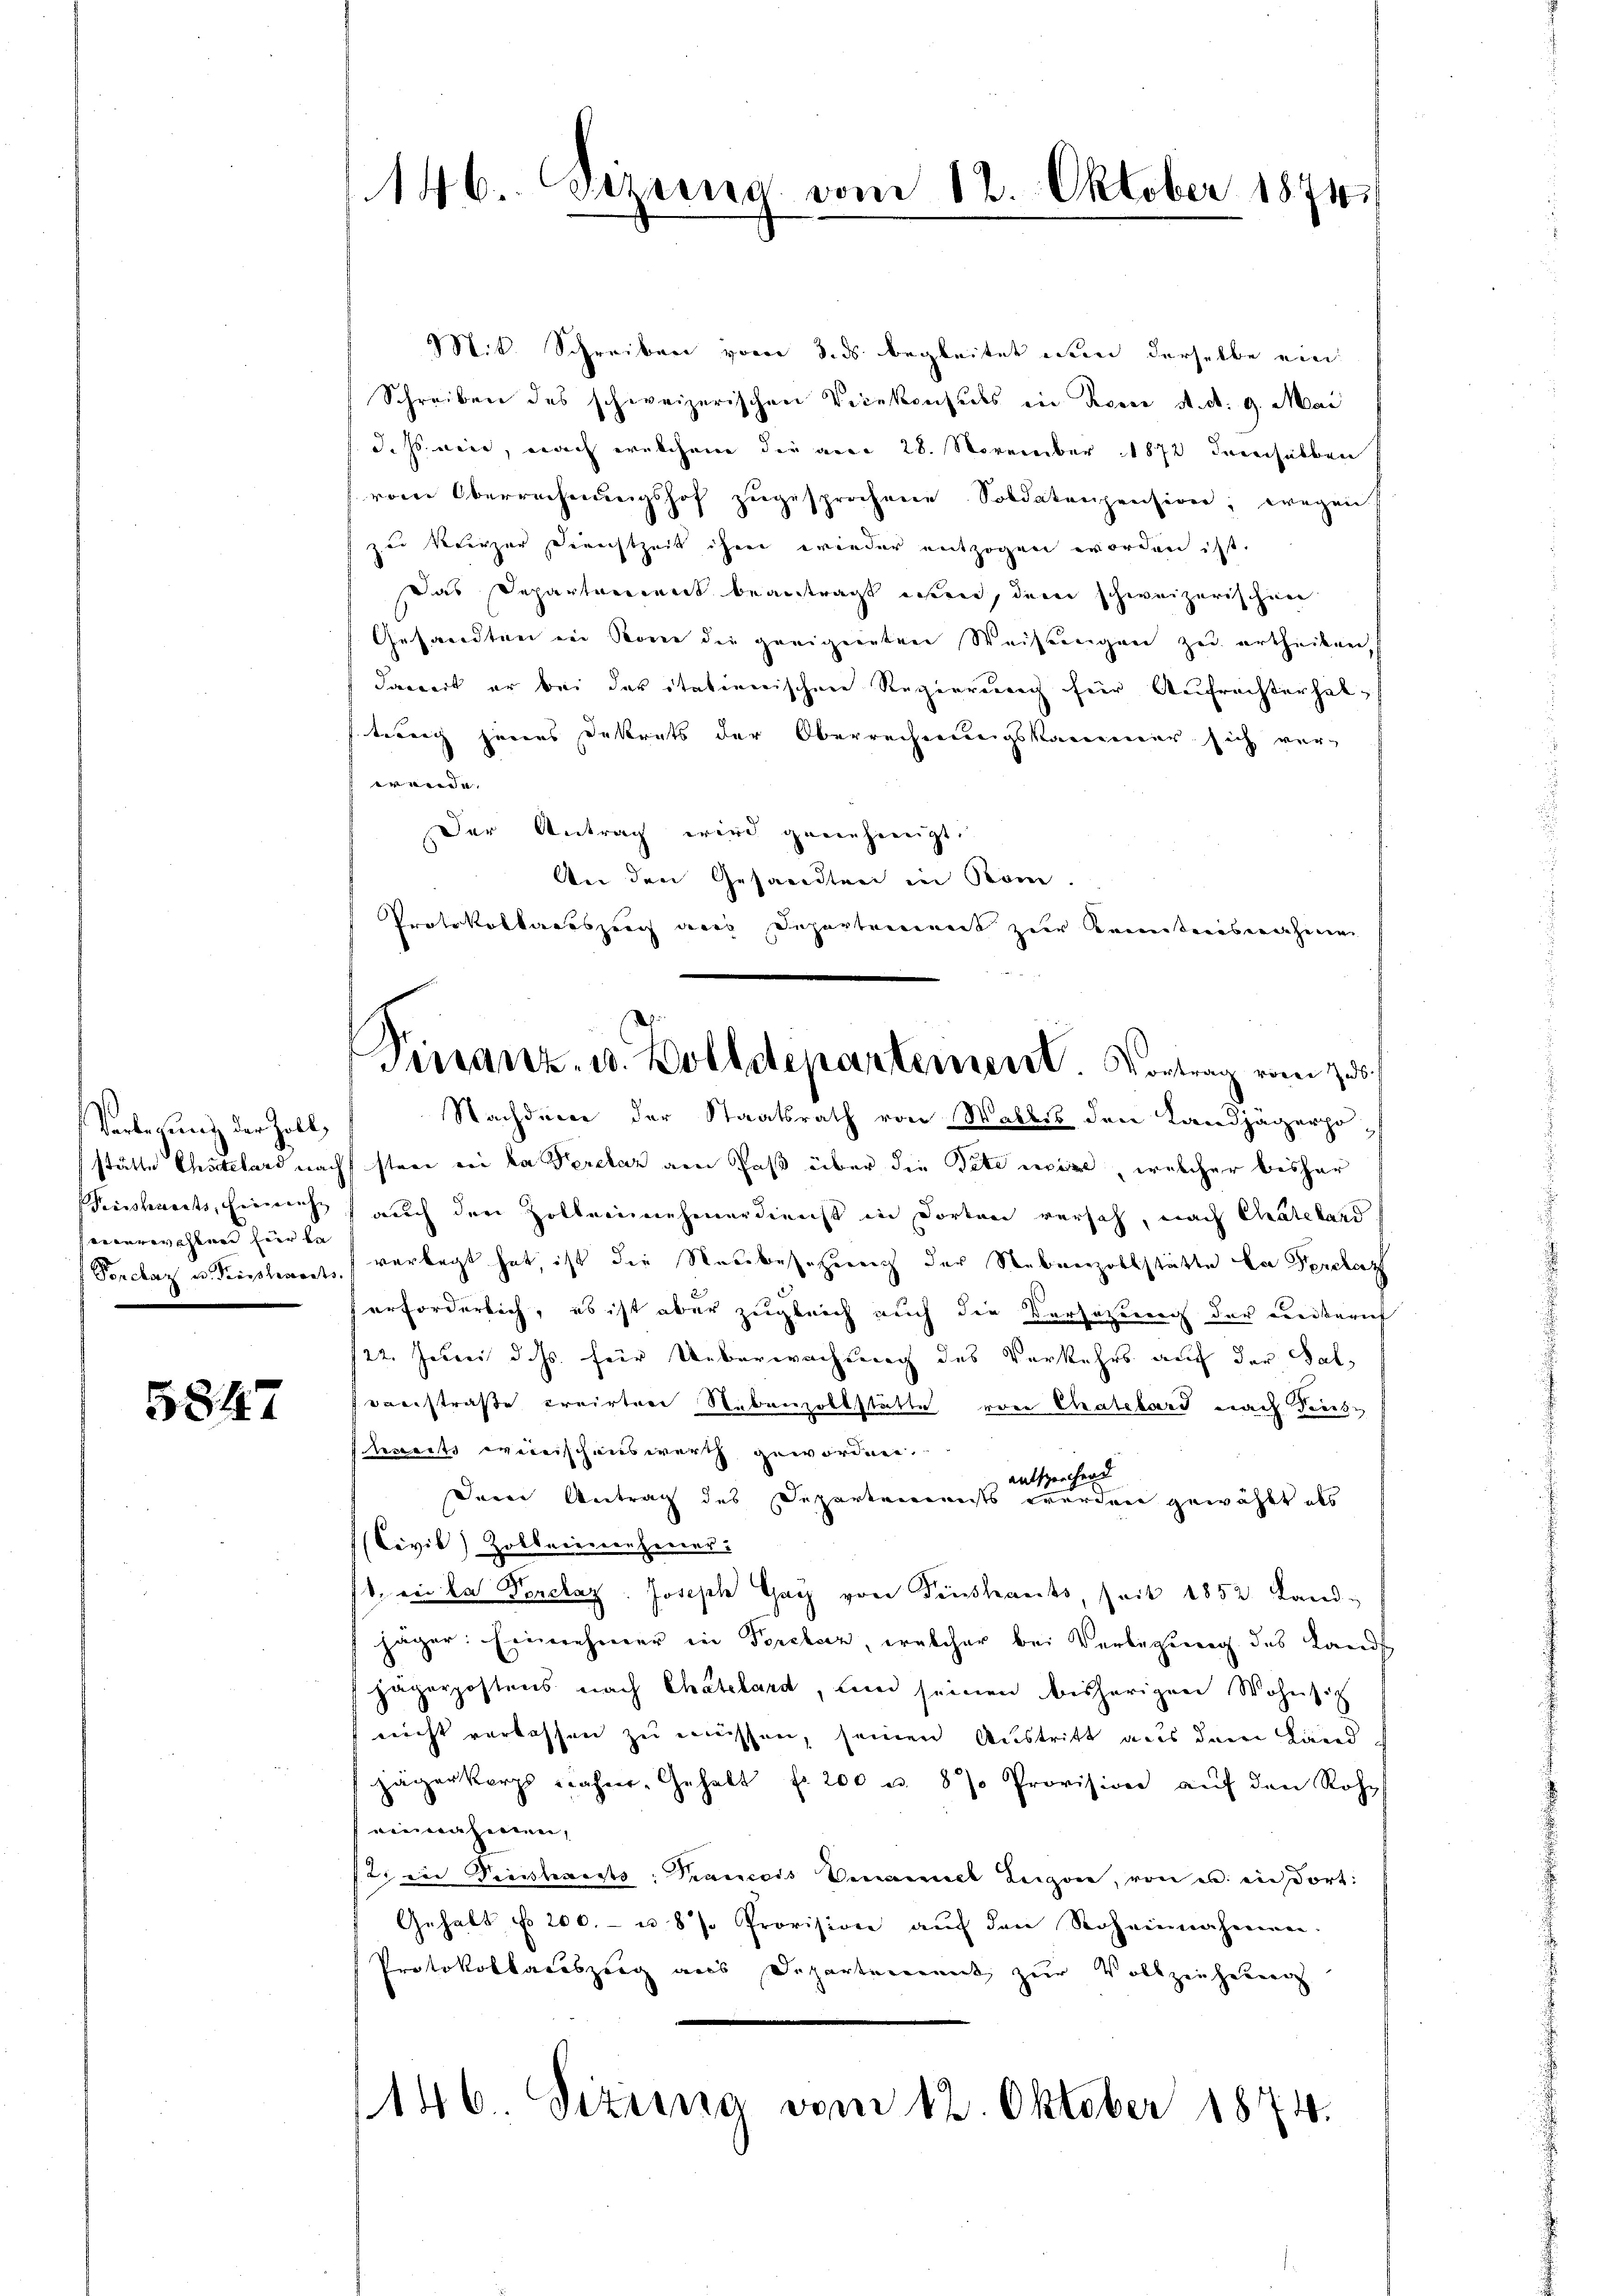
Verlegung der Zoll,
stätte Chatelard nach
Peisschreits, Eingrenze
seienrechenen hier be
Porclaz u. Tropplements

5847

146. Siziens vom 12. Oktober 1871

Mit. Schreiben vom 3. ds begleitet nun derselbe ein
Schreiben des schweizerischen Vicekonsuls in Rosse st. d. 9. Mai
d. Js. wird, nach welchen der ande 28. November 1872 deshalben
vom Oberrechnungshof zugesprochene Soldatenpension; wegen
zu Verzer Dienstzeit ihrer wieder entzogen worden ist.
Das Departement beantragt wen, dem schweizerischen
Gesandten in Sonne die geeigneten Weisungen zu ertheilen,
dawert er bei der itationischen Regierung für Aufrechterhaltung jenes Dekrets der Oberrechnungskammer sich verwende. |
Der Antrag wird genieheneigt.
An den Gesandten in Kom
Protokollartszeug aus Departement zur Kenntnisnahmen
Nachdener der Staatsrath von Wallis den Landjägerpostage von da Perclaz am Paß über die Pete mir, welcher bisher
auch den Zollennehmerdienst in dorten versch, nach Matthard
vorlegt hat ist die Neubesetzung der Nebenzollstätte la Perclaz
erforderlich, es ist aber zugleich auch die Versatzung der Liedkereit
122. Juni d. Js. für Ueberwachung des Verkehrs auf der Saloverstraße preister Nebenzollstätte von Chatelard nach diese
bereits weitischenswerth gewordnen.
entsprechend
Dein Antrag des Departemensts werden gewählt als
Civil) Zollarierenferier-
1. in das Penclaz Joseph Gach von Fenstants, seit 1852 Landjäger: Einmehrer in Forelser, welcher bei Verlegung des Lands
jägerpostens nach Chatelard, und seinen bisherigen Wohnsitz
nicht verlassen zu müssen, seinen Austritt aus dem Land
jägerkorps nahm. Gehalt f. 200 u. 87. Provision aŭf den Rohe
einnahmen,
12 in Dienstants: Francois benannt Lugane, von u. in dort:
Gehalt No. 200.- u. 87. Provision aŭf den Roheinnahmen.
Protokollauszeig aus Departenannt zur Vollziehung
146. Sizung vom 12. Oktober 1874.

Terranz- u. Zolldepartement. Vortrag vom 23.